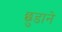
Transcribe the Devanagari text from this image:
छ़ुडाने